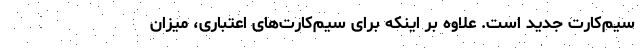
سیم‌کارت جدید است. علاوه بر اینکه برای سیم‌کارت‌های اعتباری، میزان